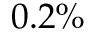
0 . 2 \%